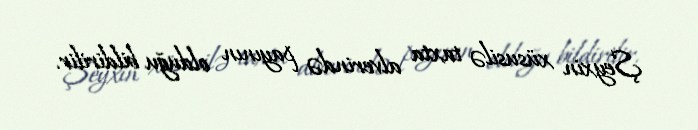
Şeyxin xüsusilə taxta alverində payının olduğu bildirilir.